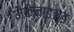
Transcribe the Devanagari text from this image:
मैकेनाइज़्ड